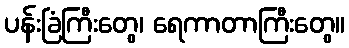
ပန်းခြံကြီးတွေ၊ ရေကာတာကြီးတွေ။